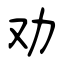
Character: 劝